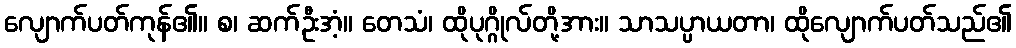
လျောက်ပတ်ကုန်၏။ စ၊ ဆက်ဦးအံ့။ တေသံ၊ ထိုပုဂ္ဂိုလ်တို့အား။ သာသပ္ပာယတာ၊ ထိုလျောက်ပတ်သည်၏